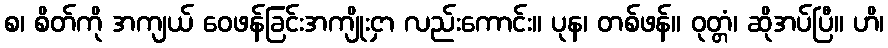
စ၊ စိတ်ကို အကျယ် ဝေဖန်ခြင်းအကျိုးငှာ လည်းကောင်း။ ပုန၊ တစ်ဖန်။ ဝုတ္တံ၊ ဆိုအပ်ပြီ။ ဟိ၊